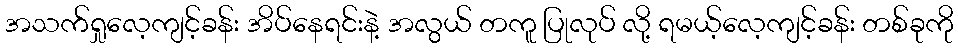
အသက်ရှုလေ့ကျင့်ခန်း အိပ်နေရင်းနဲ့ အလွယ် တကူ ပြုလုပ် လို့ ရမယ့်လေ့ကျင့်ခန်း တစ်ခုကို